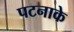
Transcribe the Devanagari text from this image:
पटनाके